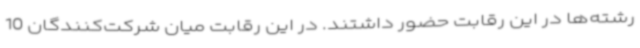
رشته‌ها در این رقابت حضور داشتند. در این رقابت میان شرکت‌کنندگان 10